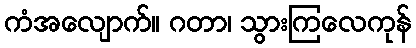
ကံအလျောက်။ ဂတာ၊ သွားကြလေကုန်